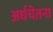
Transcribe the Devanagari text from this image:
अर्धचेतना